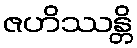
ဇဟိဿန္တိ